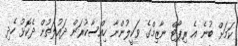
ކަމަށް ބުނެ އެ ރިޕޯޓް ނާޒިމްގެ ވަކީލުންނާ ހިއްސާކުރަން ދައުލަތުން ދެކޮޅު ހެދި